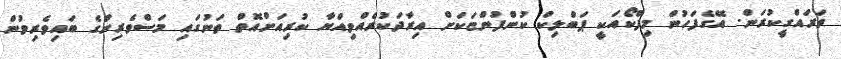
ތަރައްގީކުރަން. އޭގެފަހުން މިފްކޯއަކީ ޕަބްލިކް ކުންފުންޏަކަށް އިރާދަކުރެއްވިއްޔާ ކުރިއަށްއޮތް ތަނުގައި މަސްވެރިންގެ ބައިވެރިވުން